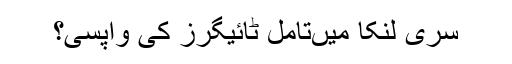
سری لنکا میںتامل ٹائیگرز کی واپسی؟